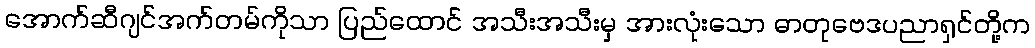
အောက်ဆီဂျင်အက်တမ်ကိုသာ ပြည်ထောင် အသီးအသီးမှ အားလုံးသော ဓာတုဗေဒပညာရှင်တို့က